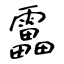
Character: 靁